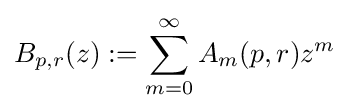
B_{p,r}(z):=\sum _{m=0}^{\infty }A_{m}(p,r)z^{m}